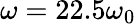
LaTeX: \omega=22.5\omega_{0}